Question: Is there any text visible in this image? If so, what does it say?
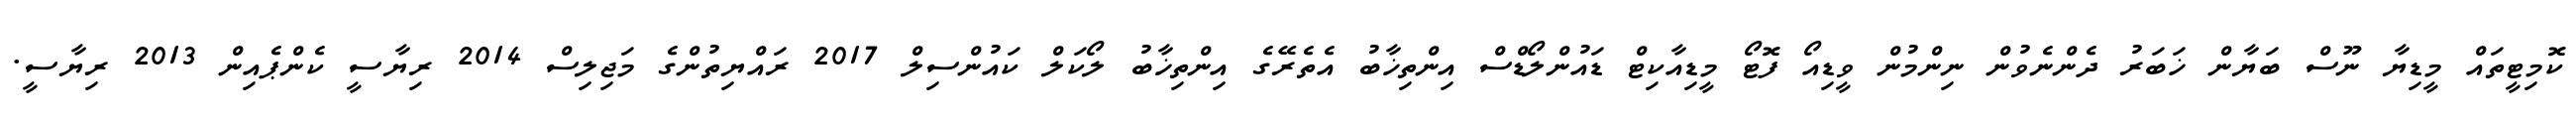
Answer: ކޮމިޓީތައް މީޑިޔާ ނޫސް ބަޔާން ޚަބަރު ދެންނެވުން ނިންމުން ވީޑިއޯ ފޮޓޯ މީޑިއާކިޓް ޑައުންލޯޑްސް އިންތިޚާބު އެތެރޭގެ އިންތިޚާބު ލޯކަލް ކައުންސިލް 2017 ރައްޔިތުންގެ މަޖިލިސް 2014 ރިޔާސީ ކެންޕެއިން 2013 ރިޔާސީ.